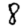
Digit: 8